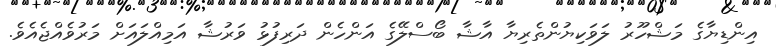
އިންޑިޔާގެ މަޝްހޫރު ލަވަކިޔުންތެރިޔާ އާޝާ ބޯސްލޭގެ އަންހެން ދަރިފުޅު ވަރުޝާ އަމިއްލައަށް މަރުވެއްޖެއެވެ.